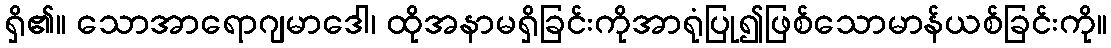
ရှိ၏။ သောအာရောဂျမာဒေါ၊ ထိုအနာမရှိခြင်းကိုအာရုံပြု၍ဖြစ်သောမာန်ယစ်ခြင်းကို။